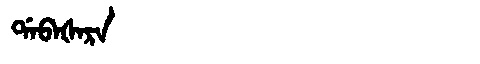
Manchu: ᡩᠠᠪᠠᡧᠠᡵᠠ
Romanization: DABAŠARA